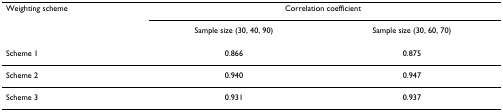
<table><thead><tr><td><b>Weighting scheme</b></td><td colspan="2"><b>Correlation coefficient</b></td></tr><tr><td></td><td><b>Sample size (30, 40, 90)</b></td><td><b>Sample size (30, 60, 70)</b></td></tr></thead><tbody><tr><td>Scheme 1</td><td>0.866</td><td>0.875</td></tr><tr><td>Scheme 2</td><td>0.940</td><td>0.947</td></tr><tr><td>Scheme 3</td><td>0.931</td><td>0.937</td></tr></tbody></table>